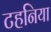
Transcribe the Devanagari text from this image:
टहनिया